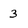
Character: 3